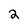
Character: 2